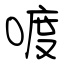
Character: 喥